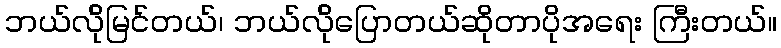
ဘယ်လ်ိုမြင်တယ်၊ ဘယ်လ်ိုပြောတယ်ဆိုတာပိုအရေး ကြီးတယ်။